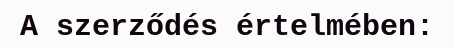
A szerződés értelmében: